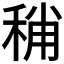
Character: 𥟬